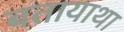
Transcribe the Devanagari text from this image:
बतायाथा